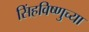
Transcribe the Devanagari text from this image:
सिंहविष्णुच्या